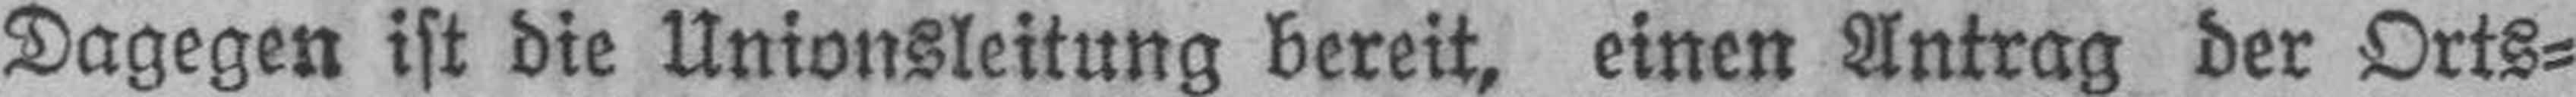
Dagegen ist die Unionsleitung bereit, einen Antrag der Orts¬